Malaria in the Punjab - Number 46
Disease focus: Malaria
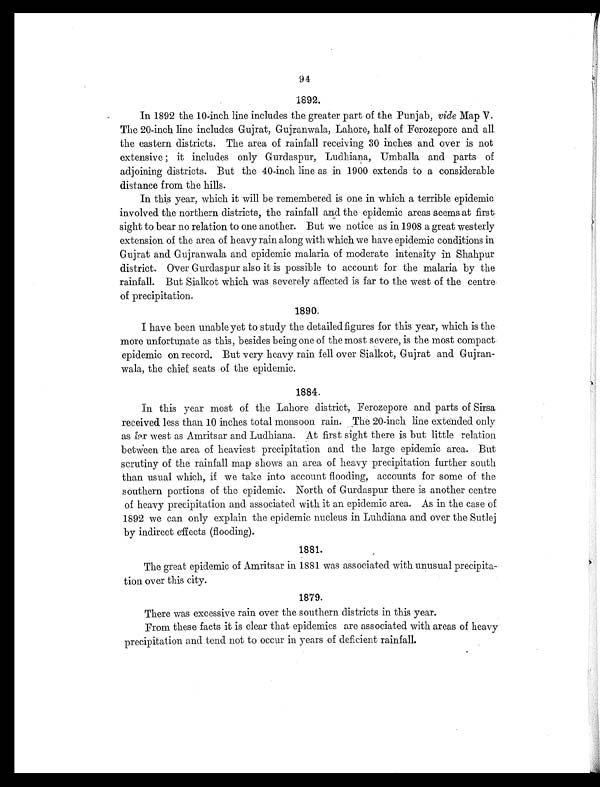
94
1892.
In 1892 the 10-inch line includes the greater part of the Punjab, vide Map V.
The 20-inch line includes Gujrat, Gujranwala, Lahore, half of Ferozepore and all
the eastern districts. The area of rainfall receiving 30 inches and over is not
extensive it includes only Gurdaspur, Ludhiana, Umballa and parts of
adjoining districts. But the 40-inch line as in 1900 extends to a considerable
distance from the hills.
In this year, which it will be remembered is one in which a terrible epidemic
involved the northern districts, the rainfall and the epidemic areas seems at first
sight to bear no relation to one another. But we notice as in 1908 a great westerly
extension of the area of heavy rain along with which we have epidemic conditions in
Gujrat and Gujranwala and epidemic malaria of moderate intensity in. Shahpur
district. Over Gurd aspur also it is possible to account for the malaria by the
rainfall. But Sialkot which was severely affected is far to the west of the centre
of precipitation.
1890.
I have been unable yet to study the detailed figures for this year, which is the
more unfortunate as this, besides being one of the most severe, is the most compact
epidemic on record. But very heavy rain fell over Sialkot, Gujrat and Gujran-
wala, the chief seats of the epidemic.
1884.
In this year most of the Lahore district, Ferozepore and parts of Sirsa
received less than 10 inches total monsoon rain. The 20-inch line extended only
as far west as Amritsar and Ludhiana. At first sight there is but little relation
between the area of heaviest precipitation and the large epidemic area. But
scrutiny of the rainfall map shows an area of heavy precipitation further south
than usual which, if we take into account flooding, accounts for some of the
southern portions of the epidemic. North of Gurclaspur there is another centre
of heavy precipitation and associated with it an epidemic area. As in the case of
1892 we can only explain the epidemic nucleus in Luhdiana and over the Sutlej
by indirect effects (flooding).
1881.
The great epidemic of Amritsar in 1881 was associated with unusual precipita-
tion over this city.
1879.
There was excessive rain over the southern districts in this year.
From these facts it is clear that epidemics are associated with areas of heavy
precipitation and tend not to occur in years of deficient rainfall.